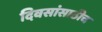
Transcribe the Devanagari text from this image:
दिवसांसाठीच